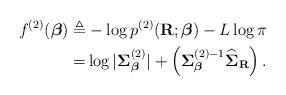
LaTeX: \begin{align*} f^{(2)}(\boldsymbol\beta) \triangleq & -\log p^{(2)}(\mathbf R;\boldsymbol\beta)-L\log\pi \\ =&\log|\boldsymbol\Sigma^{(2)}_{\boldsymbol\beta}|+\left(\boldsymbol\Sigma_{\boldsymbol\beta}^{(2)-1}\widehat{\mathbf \Sigma}_{\mathbf R}\right). \end{align*}